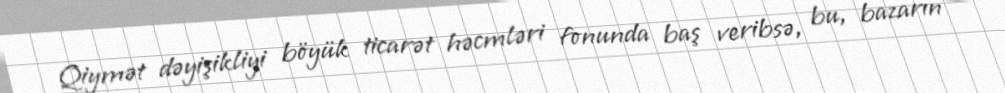
Qiymət dəyişikliyi böyük ticarət həcmləri fonunda baş veribsə, bu, bazarın